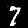
Digit: 7